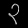
Digit: ၃